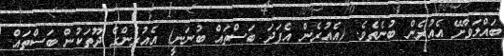
ބައްލަވާށޭ އެއުރެން ބުނެތެވެ. (އެއުރެން އެފަދަ ބަސްތައް ބުނަނީ) އެއުރެންގެ ދޫތަކުން ބަސްތައް